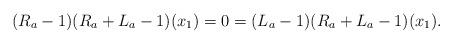
LaTeX: \begin{align*}(R_a-1)(R_a+L_a-1)(x_1)=0=(L_a-1)(R_a+L_a-1)(x_1).\end{align*}